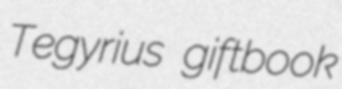
Tegyrius giftbook